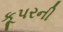
કૂપરની